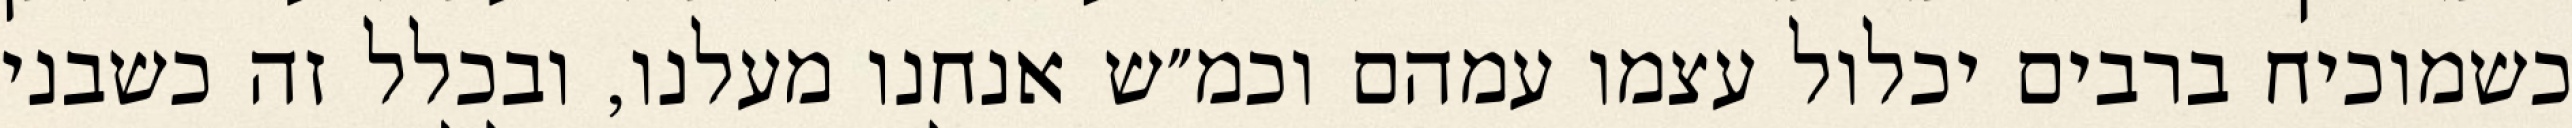
כשמוכיח ברבים יכלול עצמו עמהם וכמ״ש אנחנו מעלנו, ובכלל זה כשבני